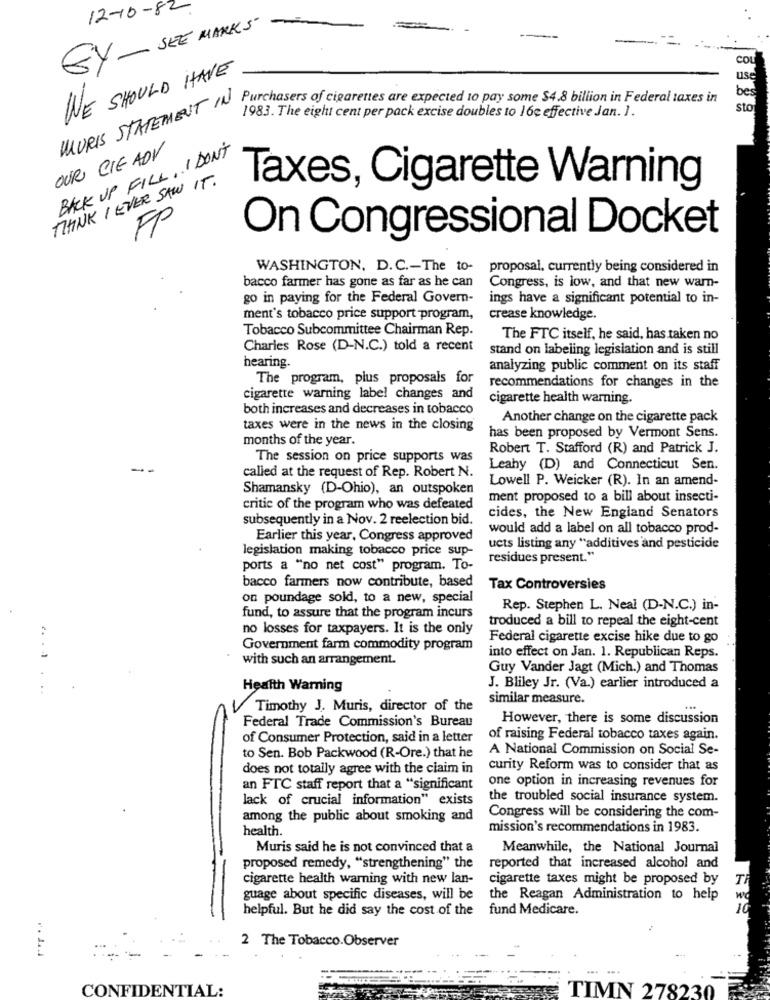
12-10-82
GY- SEE MARKS
COU
WE SHOULD HAVE
USC
bes
MAURIS STATEMENT IN Joschasers of cigarettes are expected to pay come &4.8 billion in Federal taxes in
sto
1983. The eight cent per pack excise doubles to 16c effective Jan. 1.
BACK UP FILL, I DON'T
OUR CIE ADV
THINK I EVER SAW IT.
Taxes, Cigarette Warning
FP
On Congressional Docket
WASHINGTON, D.C .- The to-
proposal. currently being considered in
bacco farmer has gone as far as he can
Congress, is low, and that new warn-
go in paying for the Federal Govern-
ings have a significant potential to in-
ment's tobacco price support program,
crease knowledge.
Tobacco Subcommittee Chairman Rep.
The FTC itself, he said, has taken no
Charles Rose (D-N.C.) told a recent
stand on labeling legislation and is still
hearing.
analyzing public comment on its staff
The program, plus proposals for
recommendations for changes in the
cigarette warning label changes and
cigarette health warning.
both increases and decreases in tobacco
Another change on the cigarette pack
taxes were in the news in the closing
months of the year.
has been proposed by Vermont Sens.
Robert T. Stafford (R) and Patrick J.
The session on price supports was
Leahy (D) and Connecticut Sen.
called at the request of Rep. Robert N.
Lowell P. Weicker (R). In an amend-
Shamansky (D-Ohio), an outspoken
ment proposed to a bill about insecti-
critic of the program who was defeated
subsequently in a Nov. 2 reelection bid.
cides, the New England Senators
would add a label on all tobacco prod-
Earlier this year, Congress approved
legislation making tobacco price sup-
ucts listing any "additives and pesticide
residues present."
ports a "no net cost" program. To-
bacco farmers now contribute, based
Tax Controversies
on poundage sold, to a new, special
Rep. Stephen L. Neal (D-N.C.) in-
fund, to assure that the program incurs
troduced a bill to repeal the eight-cent
no losses for taxpayers. It is the only
Federal cigarette excise hike due to go
Government farm commodity program
with such an arrangement.
into effect on Jan. 1. Republican Reps.
Guy Vander Jagt (Mich.) and Thomas
Health Warning
J. Bliley Jr. (Va.) earlier introduced a
similar measure.
Timothy J. Muris, director of the
Federal Trade Commission's Bureau
However, there is some discussion
of Consumer Protection, said in a letter
of raising Federal tobacco taxes again.
A National Commission on Social Se-
to Sen. Bob Packwood (R-Ore.) that he
does not totally agree with the ciaim in
curity Reform was to consider that as
one option in increasing revenues for
an FTC staff report that a "significant
lack of crucial information" exists
the troubled social insurance system.
among the public about smoking and
Congress will be considering the com-
health.
mission's recommendations in 1983.
Muris said he is not convinced that a
Meanwhile, the National Journal
proposed remedy, "strengthening" the
reported that increased alcohol and
-
cigarette health warning with new lan-
cigarette taxes might be proposed by
guage about specific diseases, will be
the Reagan Administration to help
helpful. But he did say the cost of the
fund Medicare.
2 The Tobacco.Observer
r. 1.4
CONFIDENTIAL:
TIMN 278230